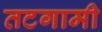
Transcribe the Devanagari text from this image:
तटगामी